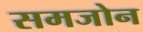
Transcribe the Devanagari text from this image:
समजोन